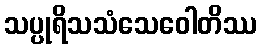
သပ္ပုရိသသံသေဝေါတိဿ